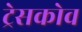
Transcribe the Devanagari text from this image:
ट्रेसकोव